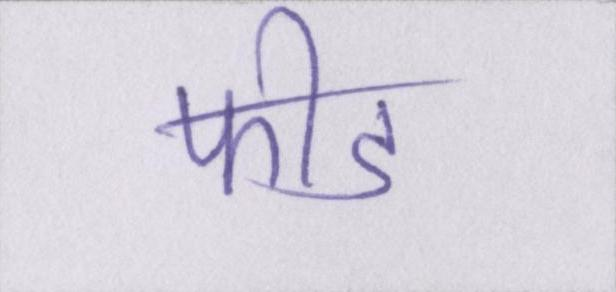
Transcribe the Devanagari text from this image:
फीड